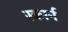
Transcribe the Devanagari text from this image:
स्कार्न